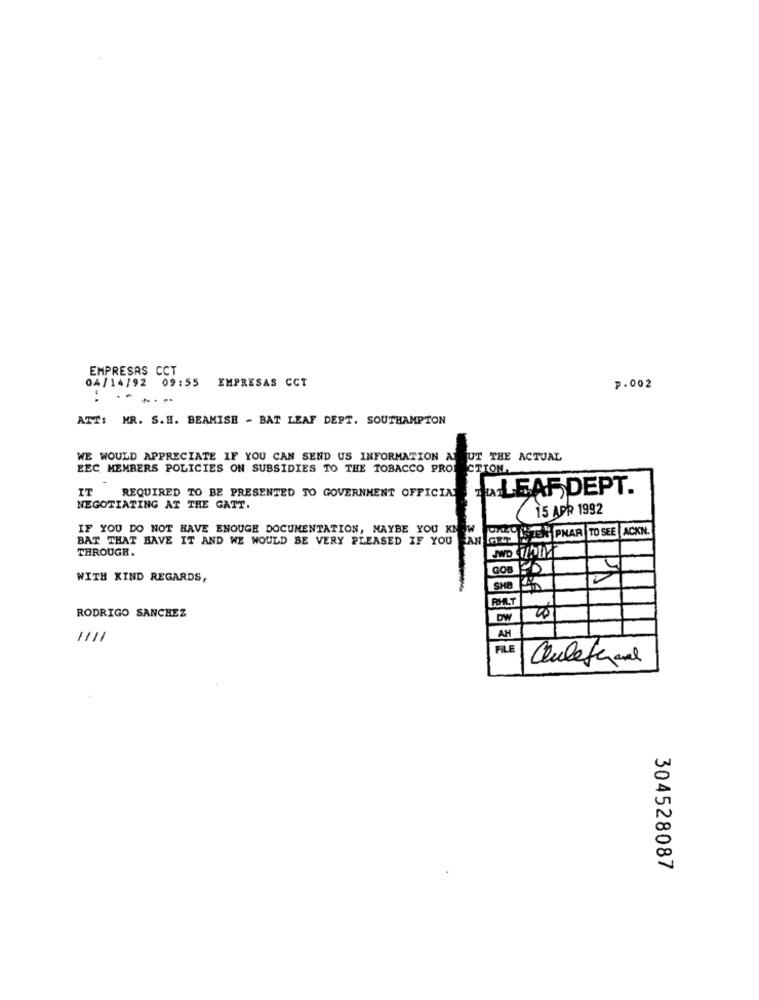
EMPRESAS CCT
04/14/92 09:55 EMPRESAS CCT
P.002
: ......
ATT: MR. S.H. BEAMISH - BAT LEAF DEPT. SOUTHAMPTON
WE WOULD APPRECIATE IF YOU CAN SEND US INFORMATION A
JUT THE ACTUAL
EEC MEMBERS POLICIES ON SUBSIDIES TO THE TOBACCO PROJECTION.
IT
REQUIRED TO BE PRESENTED TO GOVERNMENT OFFICIN LEAF DEPT.
NEGOTIATING AT THE GATT.
15 APR 1992
IF YOU DO NOT HAVE ENOUGH DOCUMENTATION, MAYBE YOU KN
BAT THAT HAVE IT AND WE WOULD BE VERY PLEASED IF YOU CAN IT ZEN PNAR TO SEE ACKN.
THROUGH.
GOB
4
WITH KIND REGARDS,
SHE
RODRIGO SANCHEZ
DW
AH
1111
FILE
Quleferand
304528087